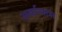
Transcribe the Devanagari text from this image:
अर्कान्सस